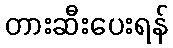
တားဆီးပေးရန်